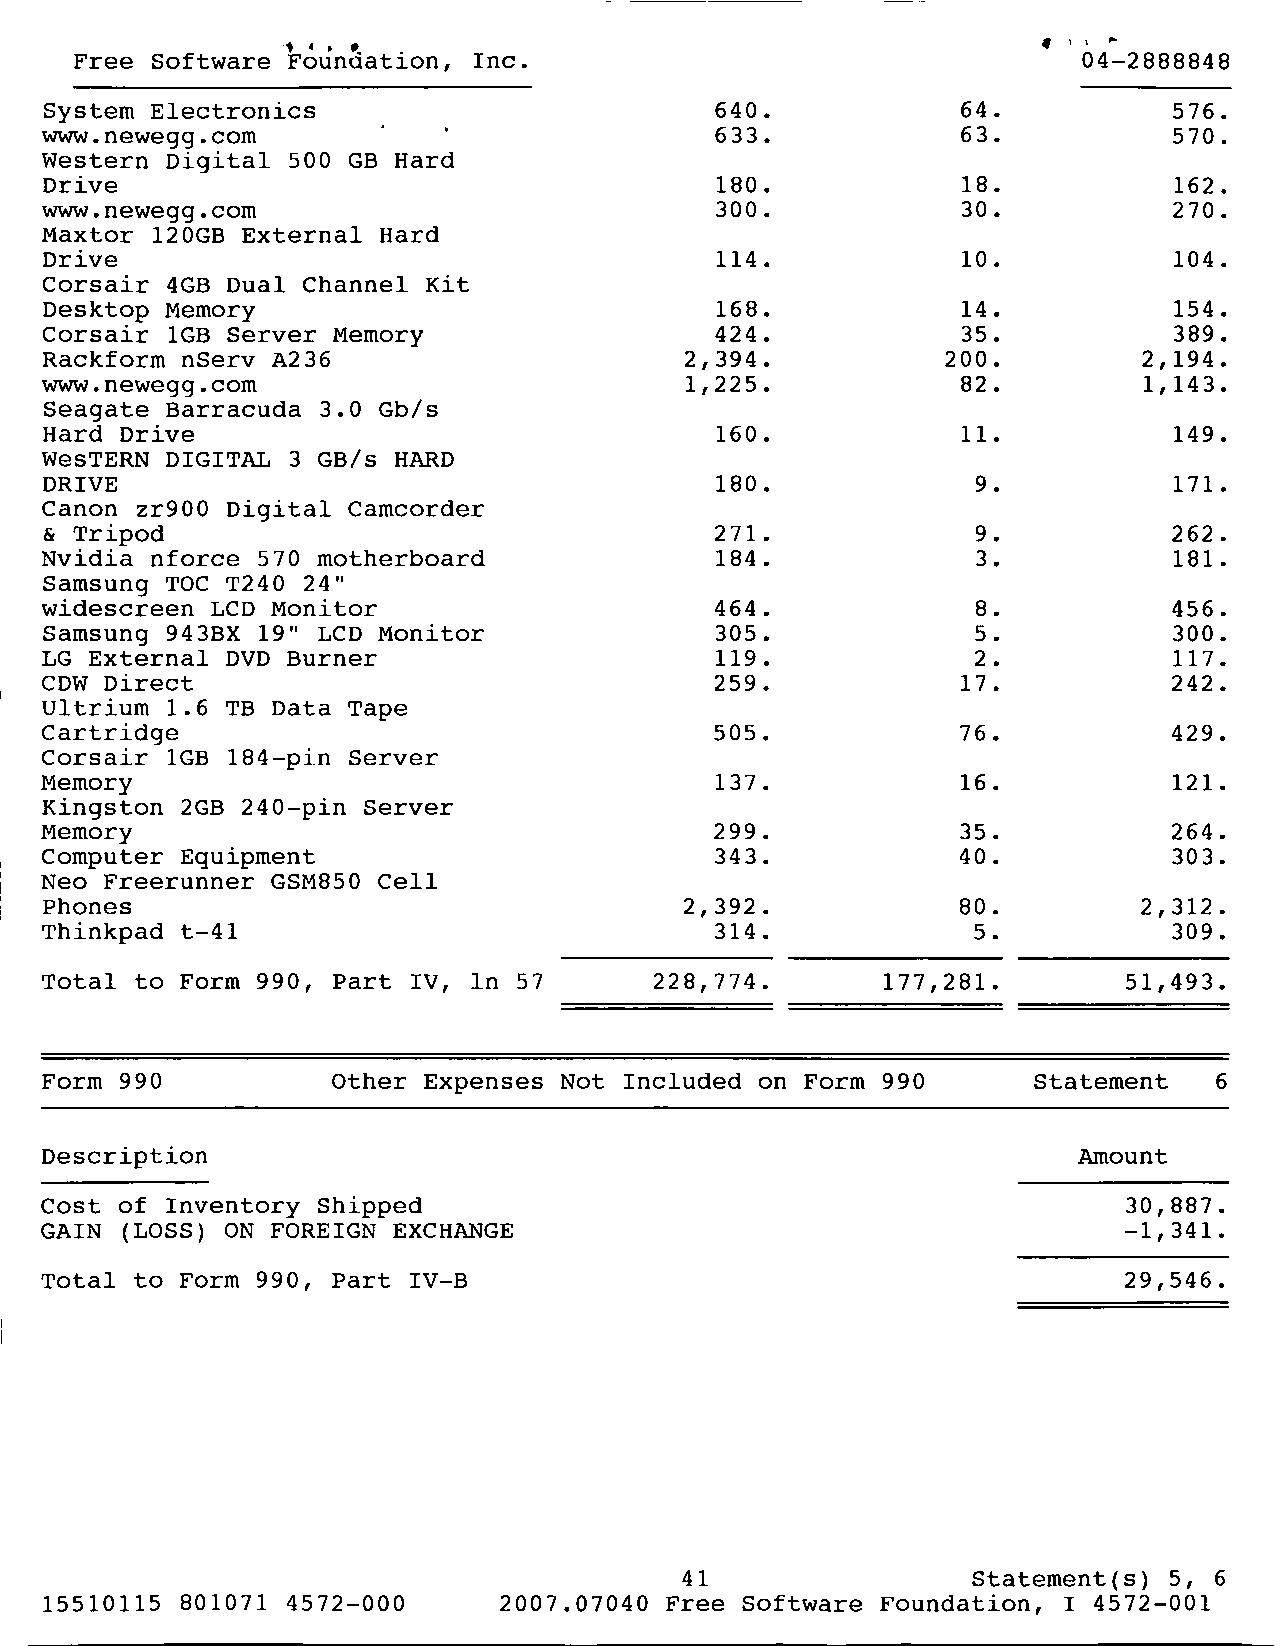
Free Software Foundation , Inc.                                 +  04-2888848
 System Electronics                          640.             64.           576.
 www.newegg . com                            633.             63.           570.
 Western Digital 500 GB Hard
 Drive                                       180.             18.           162.
 www.newegg.com                              300.             30.           270.
 Maxtor 120GB External Hard
 Drive                                       114 .            10.           104.
 Corsair 4GB Dual Channel Kit
 Desktop Memory                              168.             14.           154.
 Corsair 1GB Server Memory                   424.             35.           389.
 Rackform nServ A236                       2,394.            200.         2,194.
 www.newegg.com                            1 , 225.           82 .        1,143.
 Seagate Barracuda 3.0 Gb/s
 Hard Drive                                  160.             11.           149.
 WesTERN DIGITAL 3 GB/s HARD
 DRIVE                                       180.              9.           171.
 Canon zr900 Digital Camcorder
 & Tripod                                    271.              9.           262.
 Nvidia nforce 570 motherboard               184.              3.           181.
 Samsung TOC T240 24"
 widescreen LCD Monitor                      464.              8.           456.
 Samsung 943BX 19" LCD Monitor               305.              5.           300.
 LG External DVD Burner                      119.              2.           117.
 CDW Direct                                  259.             17.           242.
 Ultrium 1.6 TB Data Tape
 Cartridge                                   505.             76.           429.
 Corsair 1GB 184-pin Server
 Memory                                      137.             16.           121.
 Kingston 2GB 240-pin Server
 Memory                                      299.             35.           264.
 Computer Equipment                          343.             40.           303.
 Neo Freerunner GSM850 Cell
 Phones                                    2,392 .            80.         2,312.
 Thinkpad t-41                               314 .             5.           309.
 Total to Form 990, Part IV, In 57       228 ,774.       177 ,281.       51,493.
 Form 990           Other Expenses Not Included on Form 990       Statement    6
 Description                                                         Amount
 Cost of Inventory Shipped                                               30,887.
 GAIN (LOSS) ON FOREIGN EXCHANGE                                         -1,341.
 Total to Form 990, Part IV-B                                           29,546.
 41                 Statement(s) 5, 6
 15510115 801071 4572-000      2007.07040 Free Software Foundation, 14572-001